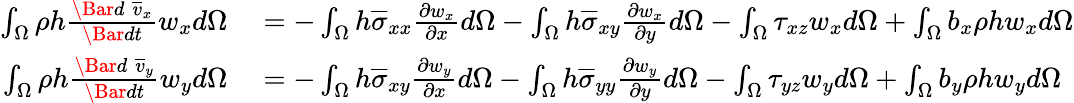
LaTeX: \begin{array}{rl}{\int_{\Omega}\rho h\frac{\Bar{d}\; \overline{{v}}_{x}}{\Bar{dt}}w_{x}d\Omega}&{{}=-\int_{\Omega}h\overline{{\sigma}}_{xx}\frac{\partial w_{x}}{\partial x}d\Omega-\int_{\Omega}h\overline{{\sigma}}_{xy}\frac{\partial w_{x}}{\partial y}d\Omega-\int_{\Omega}\tau_{xz}w_{x}d\Omega+\int_{\Omega}b_{x}\rho hw_{x}d\Omega}\\ {\int_{\Omega}\rho h\frac{\Bar{d}\; \overline{{v}}_{y}}{\Bar{dt}}w_{y}d\Omega}&{{}=-\int_{\Omega}h\overline{{\sigma}}_{xy}\frac{\partial w_{y}}{\partial x}d\Omega-\int_{\Omega}h\overline{{\sigma}}_{yy}\frac{\partial w_{y}}{\partial y}d\Omega-\int_{\Omega}\tau_{yz}w_{y}d\Omega+\int_{\Omega}b_{y}\rho hw_{y}d\Omega}\end{array}